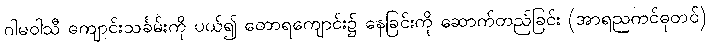
ဂါမဝါသီ ကျောင်းသင်္ခမ်းကို ပယ်၍ တောရကျောင်း၌ နေခြင်းကို ဆောက်တည်ခြင်း (အာရညကင်ဓုတင်)